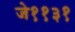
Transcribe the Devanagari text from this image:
जे११३१